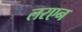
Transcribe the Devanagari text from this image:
लरएन